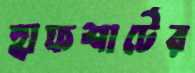
হাফশার্টের